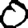
Digit: 0